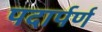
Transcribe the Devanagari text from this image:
पदार्पर्ण